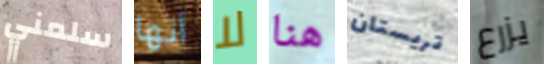
سلمني أنها لا هنا تريستان يزرع